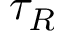
\tau _ { R }